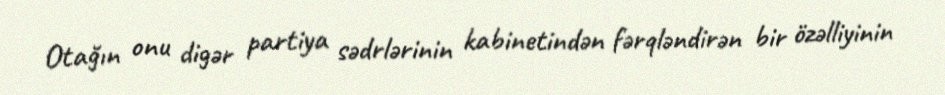
Otağın onu digər partiya sədrlərinin kabinetindən fərqləndirən bir özəlliyinin